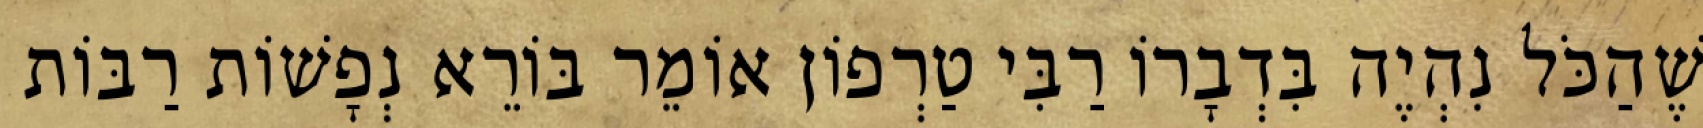
שֶׁהַכֹּל נִהְיֶה בִּדְבָרוֹ רַבִּי טַרְפוֹן אוֹמֵר בּוֹרֵא נְפָשׁוֹת רַבּוֹת